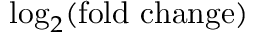
\log _ { 2 } ( \mathrm { f o l d ~ c h a n g e } )